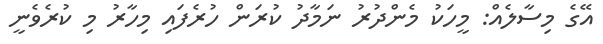
އޭގެ މިސާލެއް: މީހަކު މެންދުރު ނަމާދު ކުރަން ހުރެފައި މިހާރު މި ކުރެވެނީ